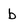
Character: b